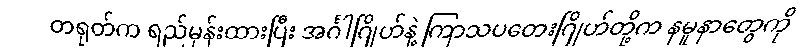
တရုတ်က ရည်မှန်းထားပြီး အင်္ဂါဂြိုဟ်နဲ့ ကြာသပတေးဂြိုဟ်တို့က နမူနာတွေကို